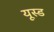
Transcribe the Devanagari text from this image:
यूस्ड